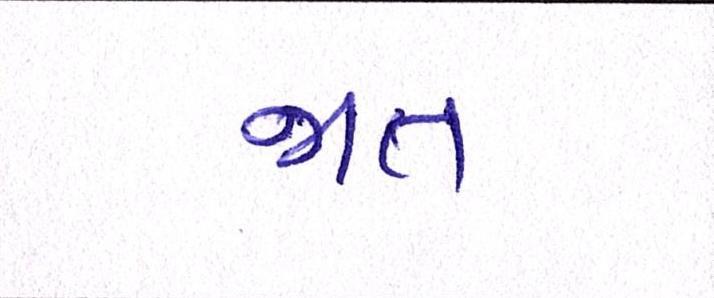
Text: જાત